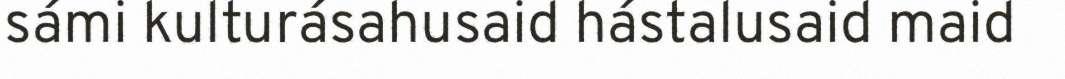
sámi kulturásahusaid hástalusaid maid